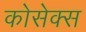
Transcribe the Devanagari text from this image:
कोसेक्स